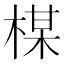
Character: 楳